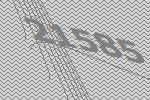
21585